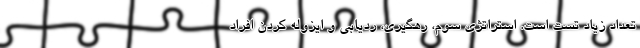
تعداد زیاد تست است. استراتژی سوم، رهگیری، ردیابی و ایزوله کردن افراد